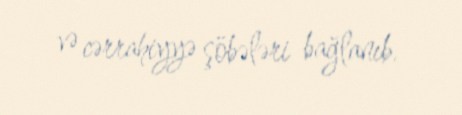
və cərrahiyyə şöbələri bağlanıb.